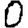
Digit: 0